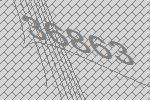
36863